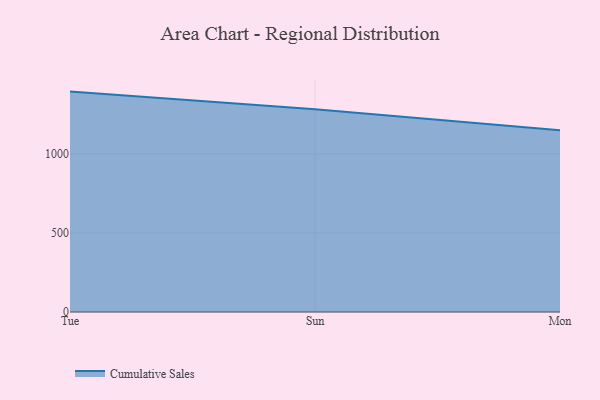
{"axis": {"x": "Day", "y": "Shipments"}, "legend": ["Cumulative Sales"], "data": [{"x": "Tue", "y": 1394.0, "type": "Cumulative Sales"}, {"x": "Sun", "y": 1283.1, "type": "Cumulative Sales"}, {"x": "Mon", "y": 1148.9, "type": "Cumulative Sales"}]}